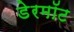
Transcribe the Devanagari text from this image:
डेरमॉट